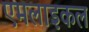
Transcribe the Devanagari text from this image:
एमलाइकल